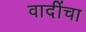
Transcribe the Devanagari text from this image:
वादींचा